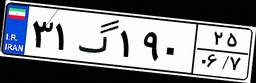
۳۱گ۱۹۰۲۵